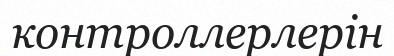
контроллерлерін